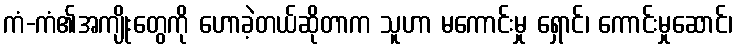
ကံ-ကံ၏အကျိုးတွေကို ဟောခဲ့တယ်ဆိုတာက သူဟာ မကောင်းမှု ရှောင်၊ ကောင်းမှုဆောင်၊